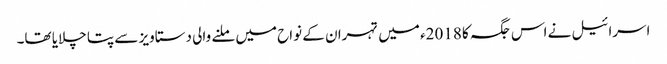
اسرائیل نے اس جگہ کا 2018ء میں تہران کے نواح میں ملنے والی دستاویز سے پتا چلایا تھا۔